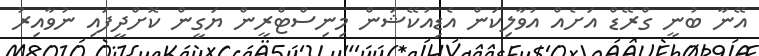
އޭނާ ބުނީ ގްރޭޑް އަށެއް އުވާލިކަން އެޑިއުކޭޝަން މިނިސްޓްރީން ޔަގީން ކޮށްދީފައި ނުވާއިރު